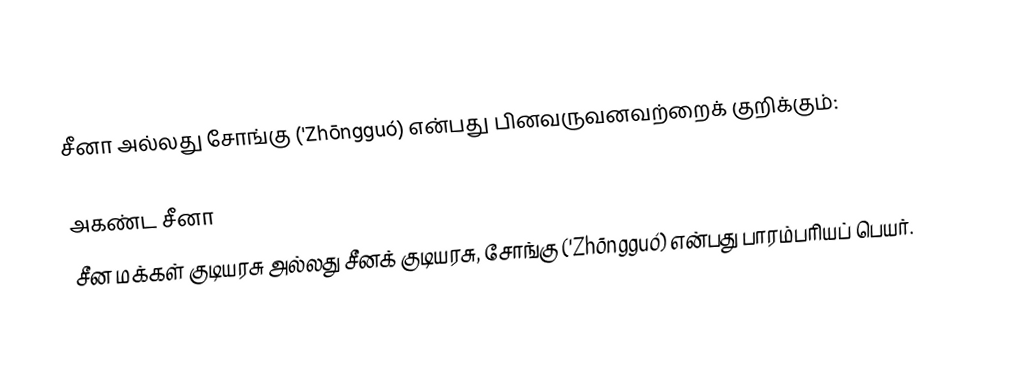
சீனா அல்லது சோங்கு ('Zhōngguó) என்பது பினவருவனவற்றைக் குறிக்கும்:

அகண்ட சீனா
சீன மக்கள் குடியரசு அல்லது சீனக் குடியரசு, சோங்கு ('Zhōngguó) என்பது பாரம்பரியப் பெயர்.